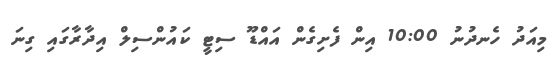
މިއަދު ހެނދުނު 10:00 އިން ފެށިގެން އައްޑޫ ސިޓީ ކައުންސިލް އިދާރާގައި ގިނަ